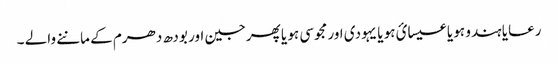
رعایا ہندو ہو یا عیسائ ہو یا یہودی اور مجوسی ہو یا پھرجین اور بودھ دھرم کے ماننے والے ۔